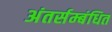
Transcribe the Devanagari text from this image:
अंतर्सम्बंधित